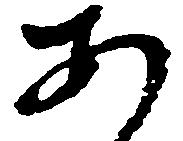
あ